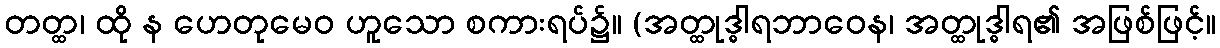
တတ္ထ၊ ထို န ဟေတုမေဝ ဟူသော စကားရပ်၌။ (အတ္ထုဒ္ဓါရဘာဝေန၊ အတ္ထုဒ္ဓါရ၏ အဖြစ်ဖြင့်။